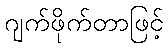
ဂျက်ဖိုက်တာဖြင့်